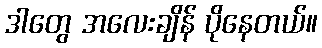
ဒါတွေ အလေးချိန် ပိုနေတယ်။